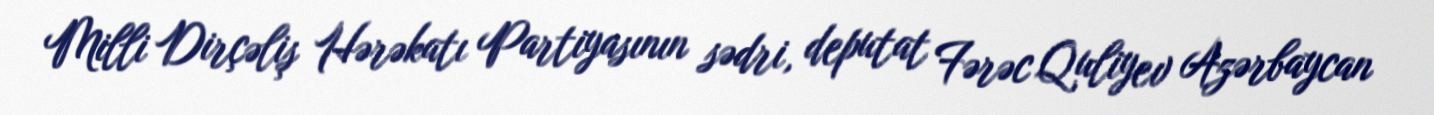
Milli Dirçəliş Hərəkatı Partiyasının sədri, deputat Fərəc Quliyev Azərbaycan